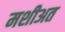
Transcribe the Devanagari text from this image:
मशीअत